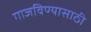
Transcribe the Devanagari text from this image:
गाजविण्यासाठी